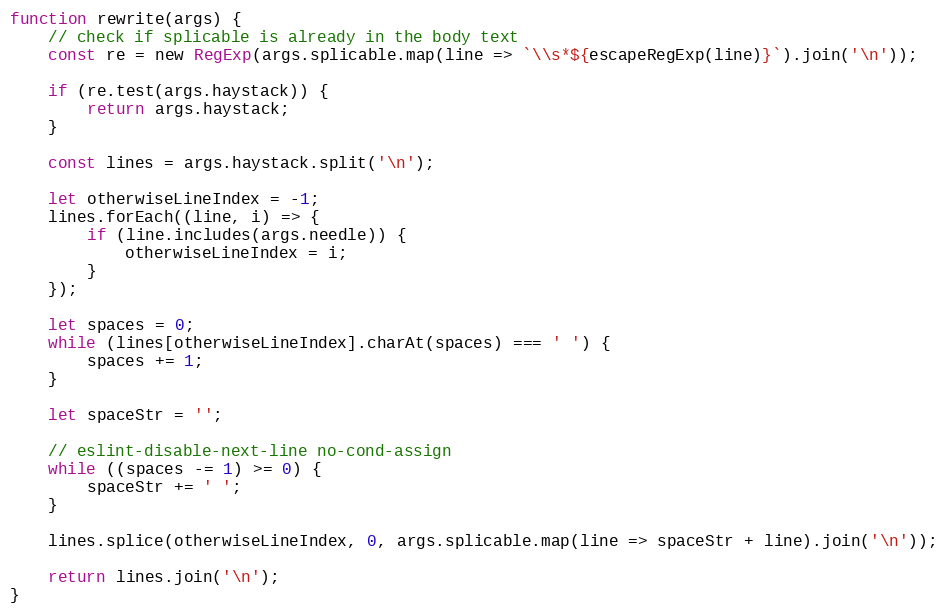
Language: JavaScript
function rewrite(args) {
    // check if splicable is already in the body text
    const re = new RegExp(args.splicable.map(line => `\\s*${escapeRegExp(line)}`).join('\n'));

    if (re.test(args.haystack)) {
        return args.haystack;
    }

    const lines = args.haystack.split('\n');

    let otherwiseLineIndex = -1;
    lines.forEach((line, i) => {
        if (line.includes(args.needle)) {
            otherwiseLineIndex = i;
        }
    });

    let spaces = 0;
    while (lines[otherwiseLineIndex].charAt(spaces) === ' ') {
        spaces += 1;
    }

    let spaceStr = '';

    // eslint-disable-next-line no-cond-assign
    while ((spaces -= 1) >= 0) {
        spaceStr += ' ';
    }

    lines.splice(otherwiseLineIndex, 0, args.splicable.map(line => spaceStr + line).join('\n'));

    return lines.join('\n');
}